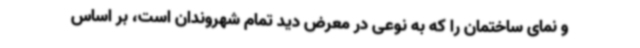
و نمای ساختمان را که به نوعی در معرض دید تمام شهروندان است، بر اساس